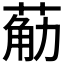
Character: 𮏴